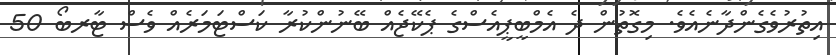
އިތުރުވެގެންދާނެއެވެ. މިގޮތުން ދެ އެމްބީޕީއެސްގެ ޕެކޭޖެއް ބޭނުންކުރާ ކަސްޓަމަރެއް ވެސް ޓާރބޯ 50